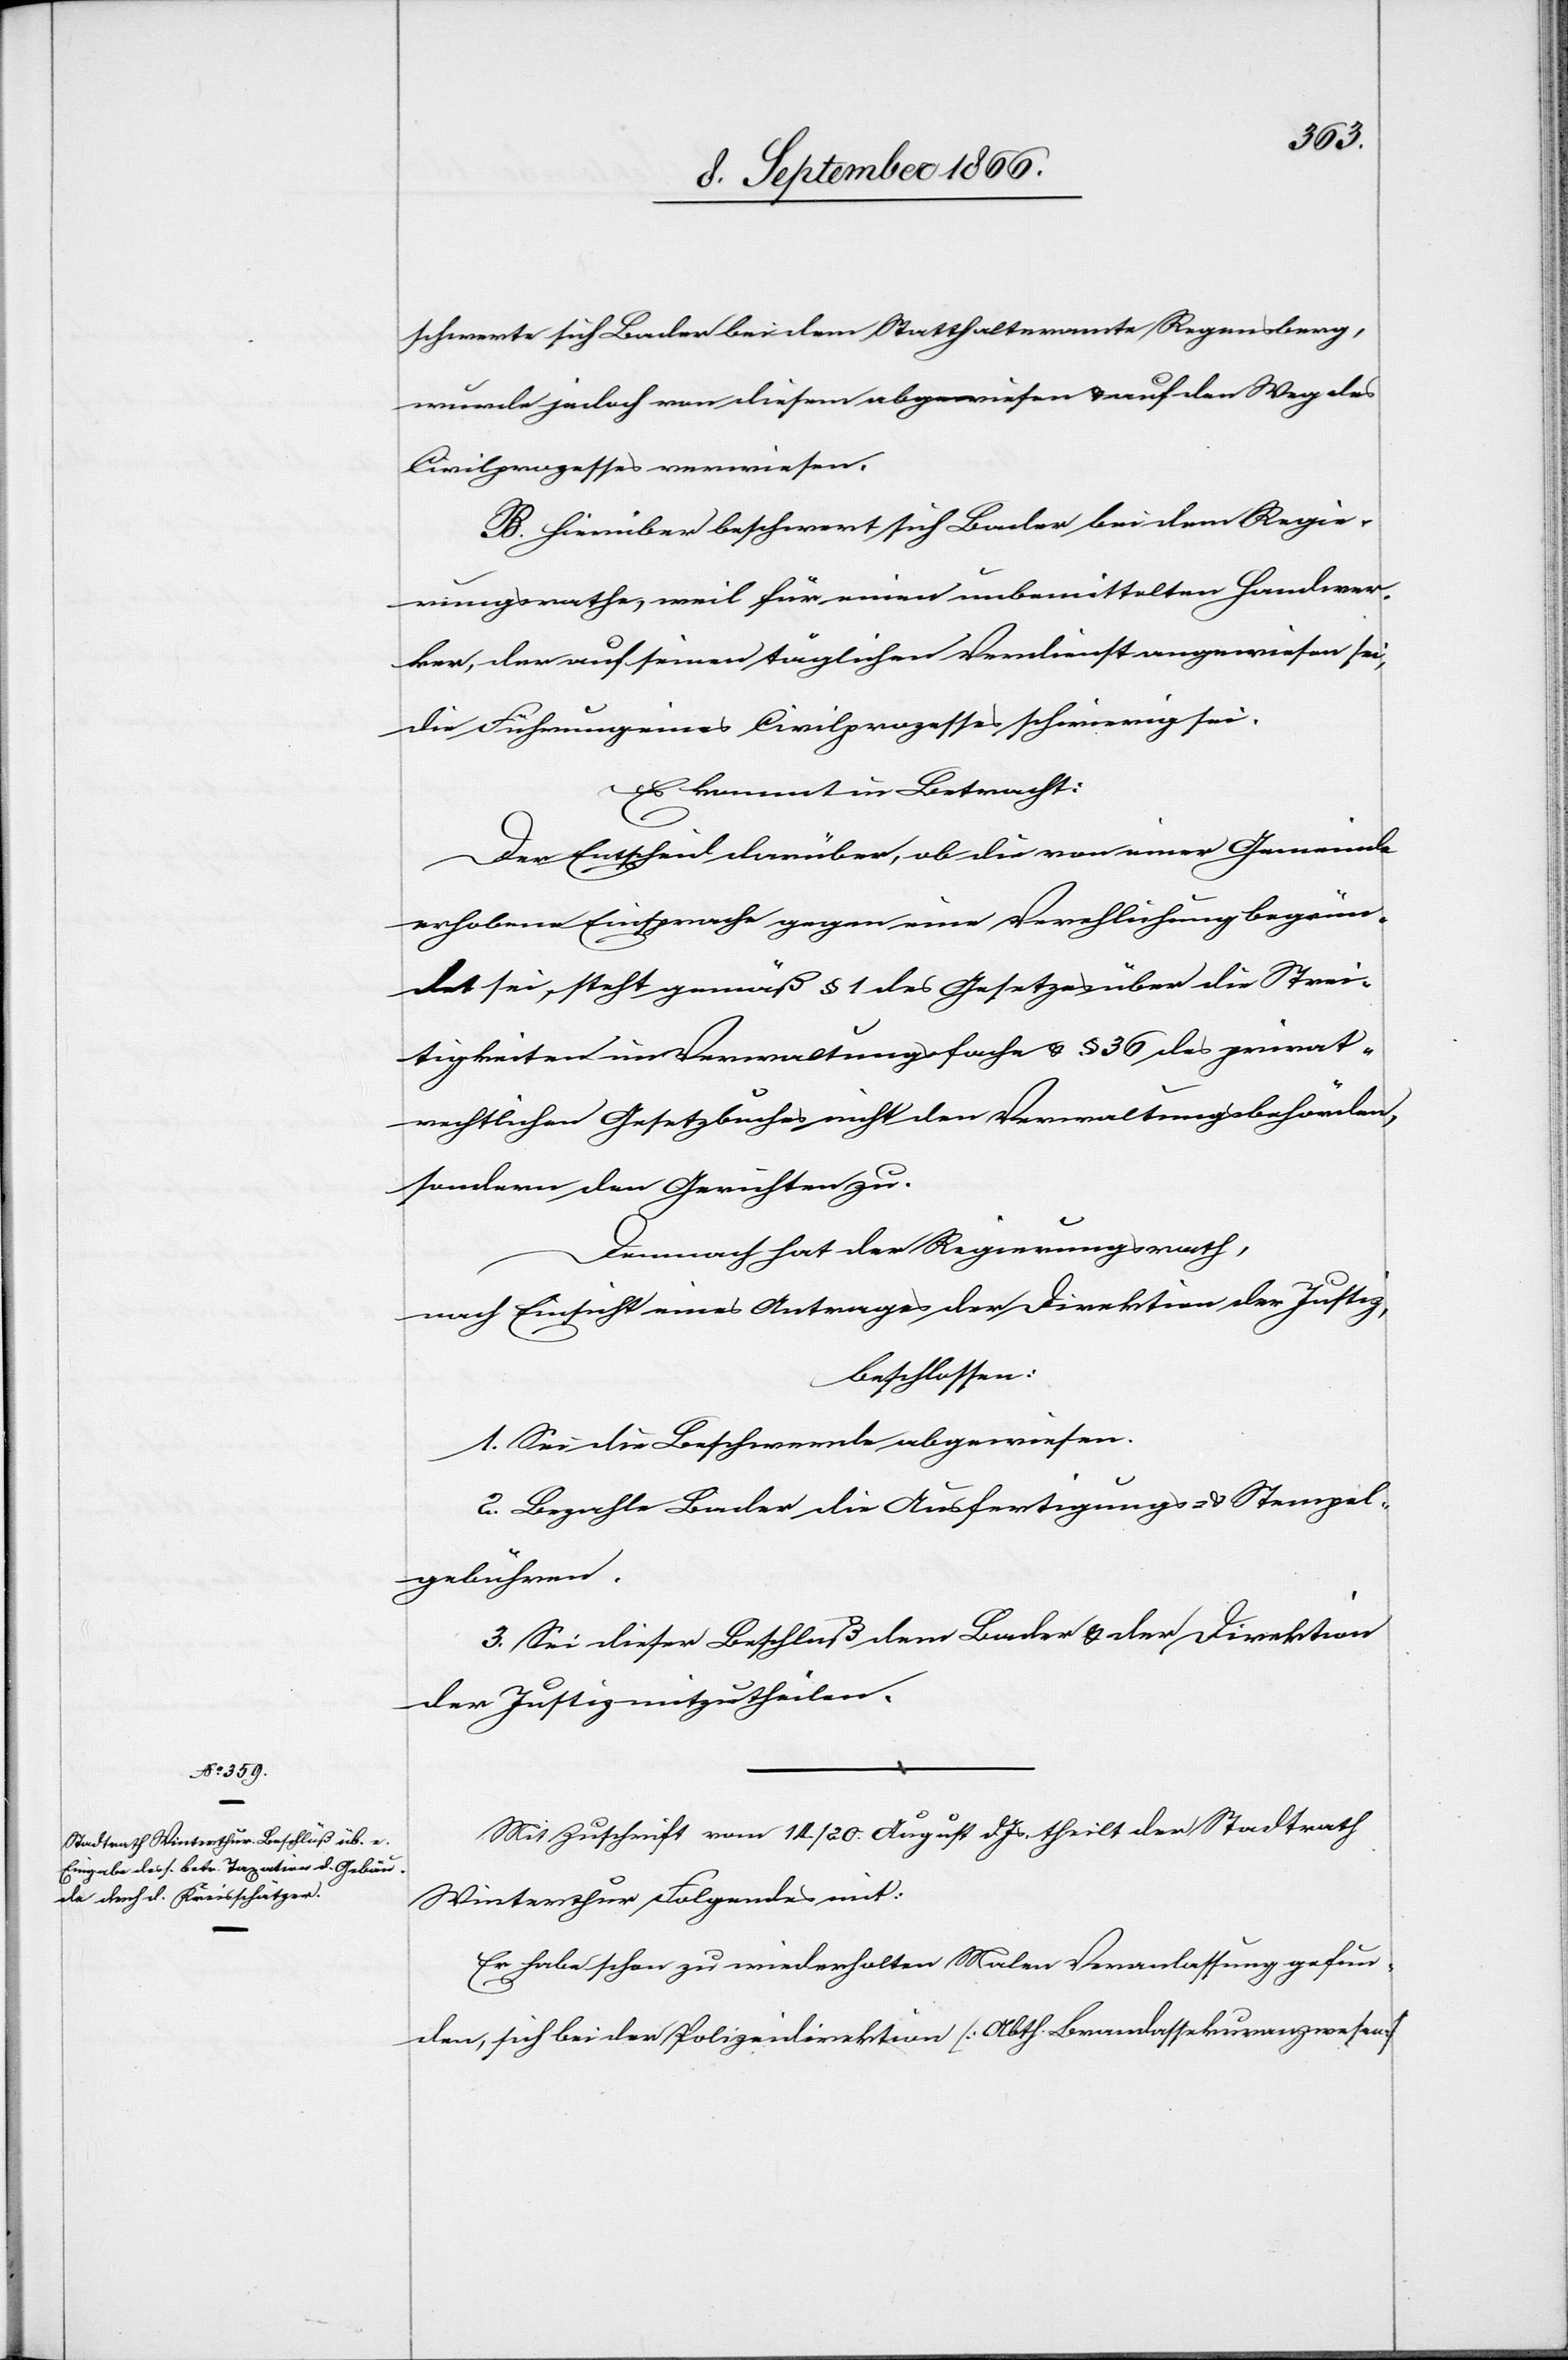
schwerte sich Bader bei dem Statthalteramte Regensberg,
wurde jedoch von diesem abgewiesen u. auf den Weg des
Civilprozesses verwiesen.
B. Hierüber beschwert sich Bader bei dem Regie¬
rungsrathe, weil für einen unbemittelten Handwer¬
ker, der auf seinen täglichen Verdienst angewiesen sei,
die Führung eines Civilprozesses schwierig sei.
Es kommt in Betracht:
Der Entscheid darüber, ob die von einer Gemeinde
erhobene Einsprache gegen eine Verehlichung begrün¬
det sei, steht gemäß § 1 des Gesetzes über die Strei¬
tigkeiten im Verwaltungsfache u. § 36 des privat¬
rechtlichen Gesetzbuches nicht den Verwaltungsbehörden
sondern den Gerichten zu.
Demnach hat der Regierungsrath,
nach Einsicht eines Antrages der Direktion der Justiz,
beschlossen:
1. Sei die Beschwerde abgewiesen.
2. Bezahle Bader die Ausfertigungs- u. Stempel¬
gebühren.
3. Sei dieser Beschluß dem Bader u. der Direktion
der Justiz mitzutheilen.
Mit Zuschrift vom 14./20. August dJs. theilt der Stadtrath
Winterthur Folgendes mit:
Er habe schon zu wiederholten Malen Veranlassung gefun¬
den, sich bei der Polizeidirektion [Abth. Brandassekuranzwesen]